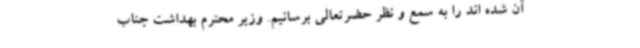
آن شده اند را به سمع و نظر حضرتعالی برسانیم. وزیر محترم بهداشت جناب